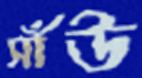
সাঁউ